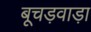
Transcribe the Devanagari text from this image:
बूचड़वाड़ा